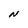
Character: N